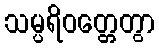
သမ္ပရိဝတ္တေတွာ